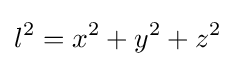
l^{2}=x^{2}+y^{2}+z^{2}